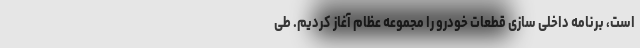
است،‌ برنامه داخلی سازی قطعات خودرو را مجموعه عظام آغاز کردیم. طی